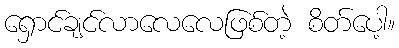
ရှောင်ချင်လာလေလေဖြစ်တဲ့ စိတ်ပေါ့။